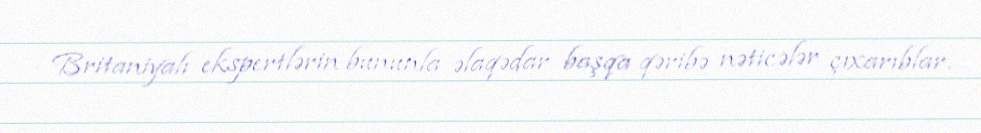
Britaniyalı ekspertlərin bununla əlaqədar başqa qəribə nəticələr çıxarıblar.